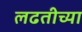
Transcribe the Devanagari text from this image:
लढतीच्या